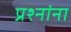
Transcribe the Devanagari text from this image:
प्रश्‍नांना